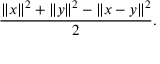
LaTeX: \ { \frac { \| x \| ^ { 2 } + \| y \| ^ { 2 } - \| x - y \| ^ { 2 } } { 2 } } .